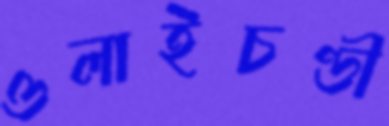
ওলাইচণ্ডী